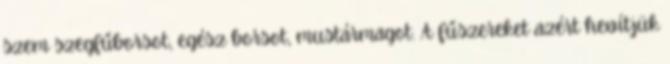
szem szegfűborsot, egész borsot, mustármagot. A fűszereket azért hevítjük